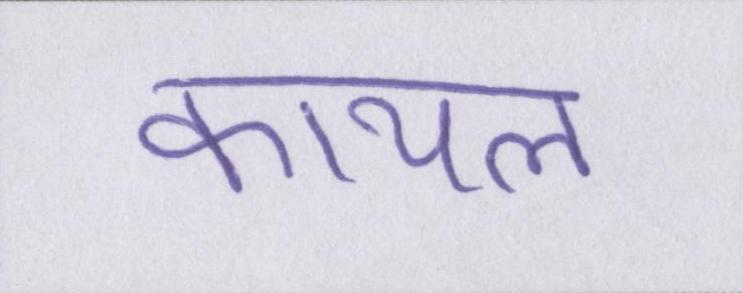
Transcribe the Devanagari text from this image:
कायल